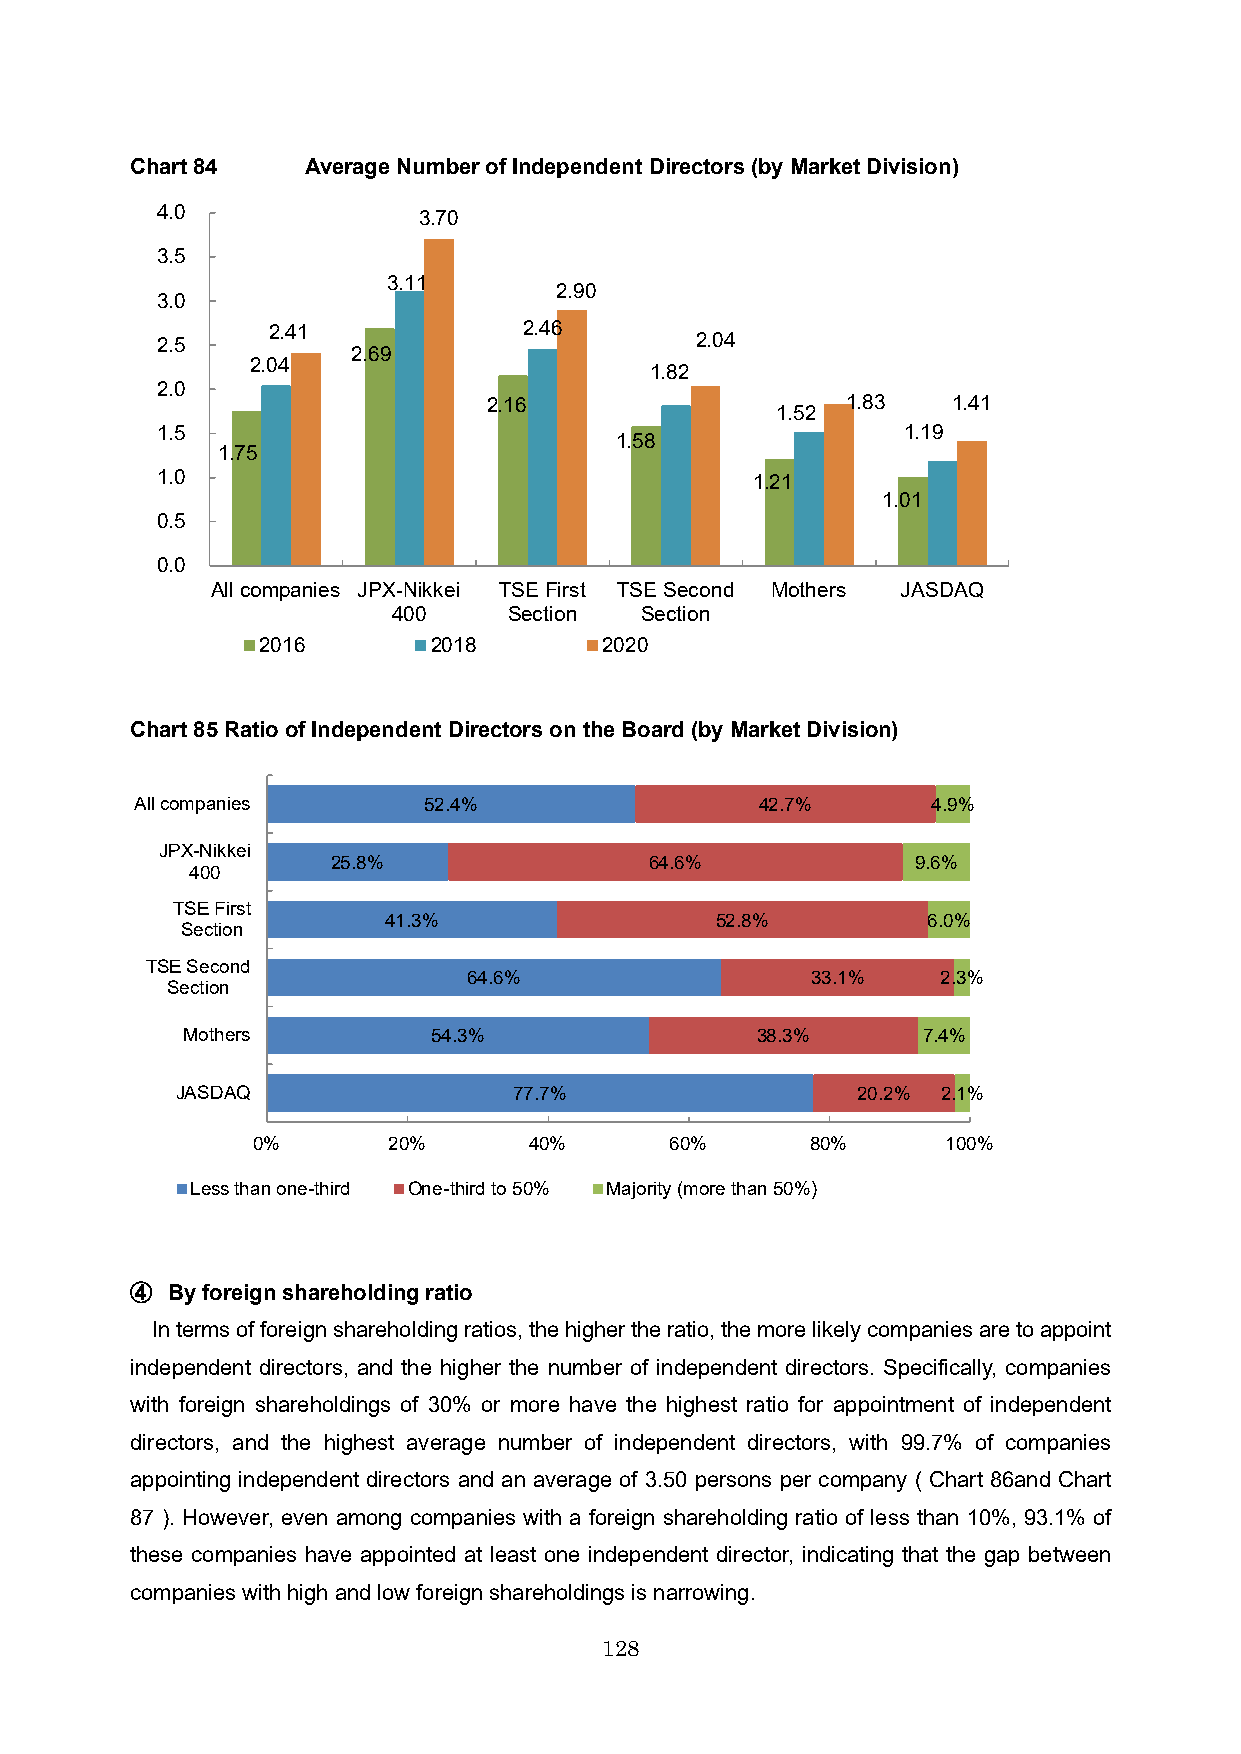
Chart 84   Average Number of Independent Directors (by Market Division)
 4.0               3.70
 3.5
 3.11
 2.90
 3.0
 2.41             2.46
 2.5                                 2.04
 2.69
 2.04
 1.82
 2.0
 2.16                    1.83   1.41
 1.52
 1.5                                               1.19
 1.58
 1.75
 1.0                                     1.21
 1.01
 0.5
 0.0
 All companies JPX-Nikkei TSE First TSE Second Mothers JASDAQ
 400     Section Section
 2016       2018        2020
 Chart 85Ratio of Independent Directors on the Board (by Market Division)
 All companies      52.4%                 42.7%       4.9%
 JPX-Nikkei
 25.8%                64.6%             9.6%
 400
 TSE First
 41.3%                 52.8%         6.0%
 Section
 TSE Second
 64.6%                  33.1%   2.3%
 Section
 Mothers          54.3%                38.3%      7.4%
 JASDAQ                77.7%                  20.2% 2.1%
 0%       20%      40%      60%       80%      100%
 Less than one-third One-third to 50% Majority (more than 50%)
 ④ By foreign shareholding ratio
 In terms of foreign shareholding ratios, the higher the ratio, the more likely companies are to appoint
 independent directors, and the higher the number of independent directors. Specifically, companies
 with foreign shareholdings of 30% or more have the highest ratio for appointment of independent
 directors, and the highest average number of independent directors, with 99.7% of companies
 appointing independent directors and an average of 3.50 persons per company ( Chart 86and Chart
 87 ). However, even among companies with a foreign shareholding ratio of less than 10%, 93.1% of
 these companies have appointed at least one independent director, indicating that the gap between
 companies with high and low foreign shareholdings is narrowing.
 128